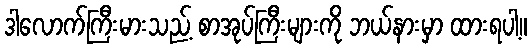
ဒါလောက်ကြီးမားသည့် စာအုပ်ကြီးများကို ဘယ်နားမှာ ထားရပါ့။